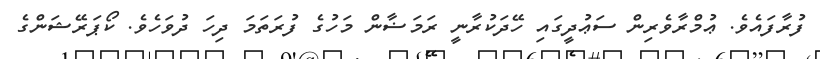
ފުރާފައެވެ. ޢުމްރާވެރިން ސަޢުދީގައި ހޭދަކުރާނީ ރަމަޟާން މަހުގެ ފުރަތަމަ ދިހަ ދުވަހެވެ. ކޯޕަރޭޝަންގެ